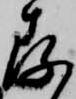
存